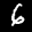
Label: 6